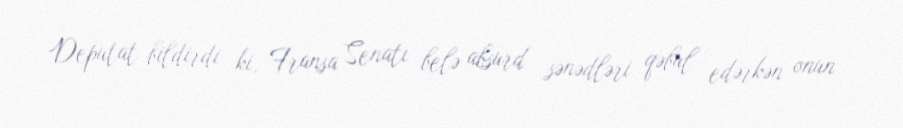
Deputat bildirdi ki, Fransa Senatı belə absurd sənədləri qəbul edərkən onun